Vaccination report Assam 1874-1896 - 1874-1896
Year: 1874
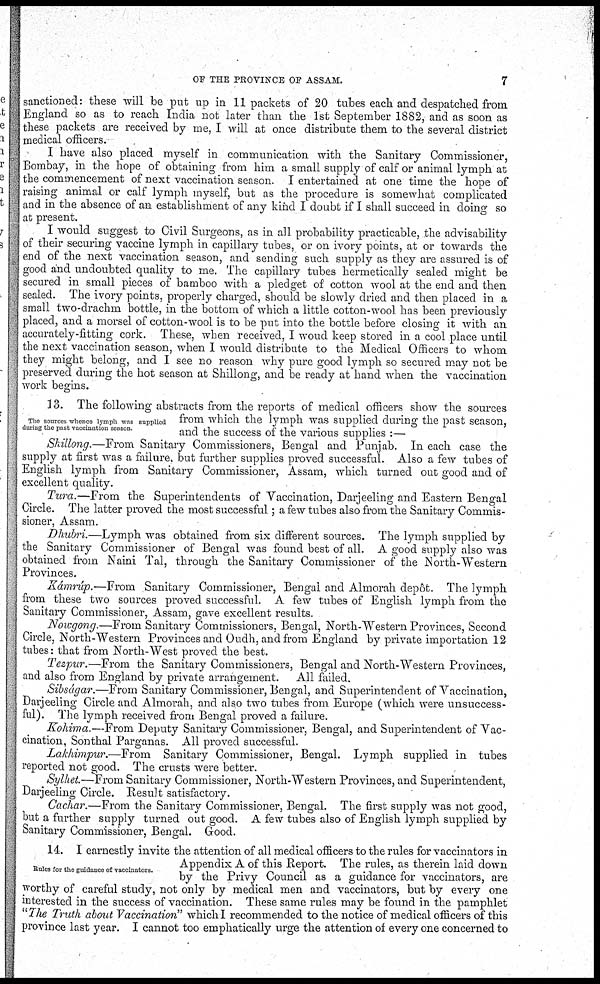
OF THE PROVINCE OF ASSAM.
7
sanctioned: these will be put up in 11 packets of 20 tubes each and despatched from
England so as to reach India not later than the 1st September 1882, and as soon as
these packets are received by me, I will at once distribute them to the several district
medical officers.
I have also placed myself in communication with the Sanitary Commissioner,
Bombay, in the hope of obtaining from him a small supply of calf or animal lymph at
the commencement of next vaccination season. I entertained at one time the hope of
raising animal or calf lymph myself, but as the procedure is somewhat complicated
and in the absence of an establishment of any kind I doubt if I shall succeed in doing so
at present.
I would suggest to Civil Surgeons, as in all probability practicable, the advisability
of their securing vaccine lymph in capillary tubes, or on ivory points, at or towards the
end of the next vaccination season, and sending such supply as they are assured is of
good and undoubted quality to me. The capillary tubes hermetically sealed might be
secured in small pieces of bamboo with a pledget of cotton wool at the end and then
sealed. The ivory points, properly charged, should be slowly dried and then placed in a
small two-drachm bottle, in the bottom of which a little cotton-wool has been previously
placed, and a morsel of cotton-wool is to be put into the bottle before closing it with an
accurately-fitting cork. These, when received, I woud keep stored in a cool place until
the next vaccination season, when I would distribute to the Medical Officers to whom
they might belong, and I see no reason why pure good lymph so secured may not be
preserved during the hot season at Shillong, and be ready at hand when the vaccination
work begins.
The sources whence lymph was supplied
during the past vaccination season.
13. The following abstracts from the reports of medical officers show the sources
from which the lymph was supplied during the past season,
and the success of the various supplies :—
Shillong.—From Sanitary Commissioners, Bengal and Punjab. In each case the
supply at first was a failure, but further supplies proved successful. Also a few tubes of
English lymph from Sanitary Commissioner, Assam, which turned out good and of
excellent quality.
Tura.—From the Superintendents of Vaccination, Darjeeling and Eastern Bengal
Circle. The latter proved the most successful; a few tubes also from the Sanitary Commis-
sioner, Assam.
Dhubri.—Lymph was obtained from six different sources. The lymph supplied by
the Sanitary Commissioner of Bengal was found best of all. A good supply also was
obtained from Naini Tal, through the Sanitary Commissioner of the North-Western
Provinces.
Kámrúp.—From Sanitary Commissioner, Bengal and Almorah depôt. The lymph
from these two sources proved successful. A few tubes of English lymph from the
Sanitary Commissioner, Assam, gave excellent results.
Nowgong.—From Sanitary Commissioners, Bengal, North-Western Provinces, Second
Circle, North-Western Provinces and Oudh, and from England by private importation 12
tubes: that from North-West proved the best.
Tezpur.—From the Sanitary Commissioners, Bengal and North-Western Provinces,
and also from England by private arrangement. All failed.
Sibságar.—From Sanitary Commissioner, Bengal, and Superintendent of Vaccination,
Darjeeling Circle and Almorah, and also two tubes from Europe (which were unsuccess-
ful). The lymph received from Bengal proved a failure.
Kohima.—From Deputy Sanitary Commissioner, Bengal, and Superintendent of Vac-
cination, Sonthal Parganas. All proved successful.
Lakhimpur.—From Sanitary Commissioner, Bengal. Lymph supplied in tubes
reported not good. The crusts were better.
Sylhet.—From Sanitary Commissioner, North-Western Provinces, and Superintendent,
Darjeeling Circle. Result satisfactory.
Cachar.—From the Sanitary Commissioner, Bengal. The first supply was not good,
but a further supply turned out good. A few tubes also of English lymph supplied by
Sanitary Commissioner, Bengal. Good.
Rules for the guidance of vaccinators.
14. I earnestly invite the attention of all medical officers to the rules for vaccinators in
Appendix A of this Report. The rules, as therein laid down
by the Privy Council as a guidance for vaccinators, are
worthy of careful study, not only by medical men and vaccinators, but by every one
interested in the success of vaccination. These same rules may be found in the pamphlet
"The Truth about Vaccination" which I recommended to the notice of medical officers of this
province last year. I cannot too emphatically urge the attention of every one concerned to